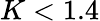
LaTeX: K<1.4